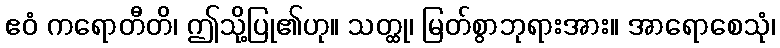
ဧဝံ ကရောတီတိ၊ ဤသို့ပြု၏ဟု။ သတ္ထု၊ မြတ်စွာဘုရားအား။ အာရောစေသုံ၊